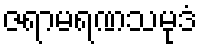
ဇရာမရဏသမုဒံ